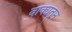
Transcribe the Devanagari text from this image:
वाक्यतून